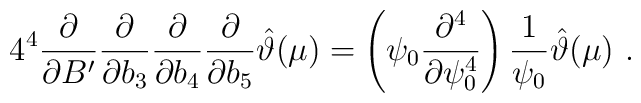
4^4\frac{\partial}{\partial B'}\frac{\partial}{\partial b_3}\frac{\partial}{\partial b_4}\frac{\partial}{\partial b_5}\hat\vartheta(\mu)=\left(\psi_0\frac{\partial^4}{\partial \psi_0^4}\right)   \frac{1}{\psi_0}\hat\vartheta(\mu) \ .